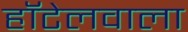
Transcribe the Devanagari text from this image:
हॉटेलवाला